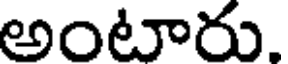
అంటారు.